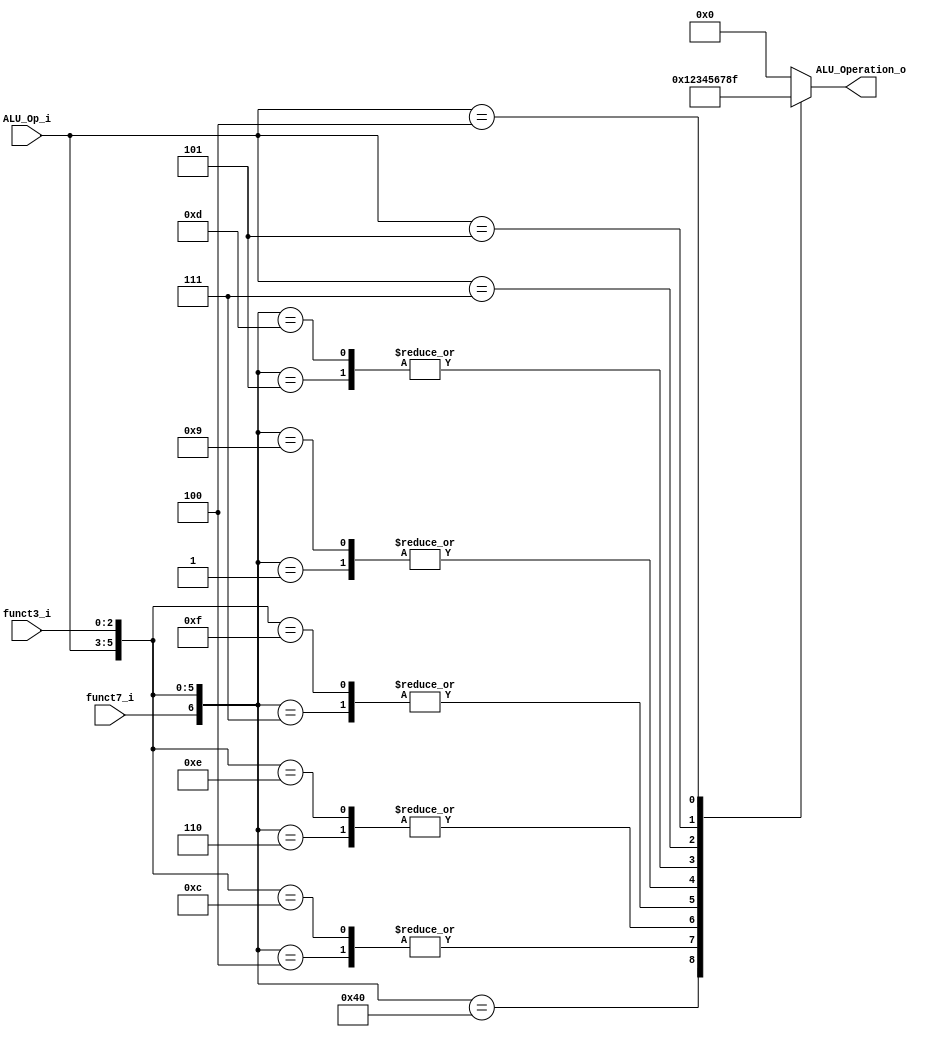
/******************************************************************
* Description
*	This is the control unit for the ALU. It receves a signal called 
*	ALUOp from the control unit and signals called funct7 and funct3  from
*	the instruction bus.
* Version:
*	1.0
* Author:
*	Dr. Jos Luis Pizano Escalante
* email:
*	luispizano@iteso.mx
* Date:
*	16/08/2021
******************************************************************/
module ALU_Control
(
	input funct7_i, 
	input [2:0] ALU_Op_i,
	input [2:0] funct3_i,
	

	output [3:0] ALU_Operation_o

);
//Para indicar a la ALU que operaciones debes realizar
localparam R_Type_ADD 	= 7'b0_000_000;
localparam R_Type_SUB 	= 7'b1_000_000;
localparam R_Type_XOR 	= 7'b0_000_100;
localparam R_Type_OR 	= 7'b0_000_110;
localparam R_Type_AND 	= 7'b0_000_111;
localparam R_Type_SLL 	= 7'b0_000_001;
localparam R_Type_SRL 	= 7'b0_000_101;

localparam I_Type_ADDI 	= 7'bx_001_000;
localparam I_Type_XORI 	= 7'bx_001_100;
localparam I_Type_ORI	= 7'bx_001_110;
localparam I_Type_ANDI	= 7'bx_001_111;
localparam I_Type_SLLI	= 7'b0_001_001;
localparam I_Type_SRLI	= 7'b0_001_101;
localparam I_Type_LD		= 7'bx_001_010;

localparam B_Type_BRCH 	= 7'bx_111_xxx;
localparam S_Type_STR 	= 7'bx_110_010;

localparam J_Type_JAL 	= 7'bx_101_xxx;

localparam U_Type_LUI	= 7'bx_100_xxx;

reg [3:0] alu_control_values;
wire [6:0] selector;

assign selector = {funct7_i, ALU_Op_i, funct3_i};

always@(selector)begin
	casex(selector)
		R_Type_ADD:		alu_control_values = 4'b0000;
		R_Type_SUB:		alu_control_values = 4'b0001;
		R_Type_XOR:		alu_control_values = 4'b0010;
		R_Type_OR:		alu_control_values = 4'b0011;
		R_Type_AND:		alu_control_values = 4'b0100;
		R_Type_SLL:		alu_control_values = 4'b0101;
		R_Type_SRL:		alu_control_values = 4'b0110;
		
		I_Type_ADDI:	alu_control_values = 4'b0000;
		I_Type_XORI:	alu_control_values = 4'b0010;
		I_Type_ORI:		alu_control_values = 4'b0011;
		I_Type_ANDI:	alu_control_values = 4'b0100;
		I_Type_SLLI:	alu_control_values = 4'b0101;
		I_Type_SRLI:	alu_control_values = 4'b0110;
		I_Type_LD:		alu_control_values = 4'b0000;
		
		S_Type_STR: 	alu_control_values = 4'b0000;
		
		B_Type_BRCH:	alu_control_values = 4'b0111;
		
		J_Type_JAL:		alu_control_values = 4'b1000;
		
		U_Type_LUI:		alu_control_values = 4'b1111;
		

		default: alu_control_values = 4'b0000;
	endcase
end


assign ALU_Operation_o = alu_control_values;



endmodule